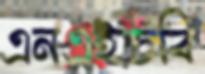
এনএইচবি